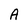
Character: A